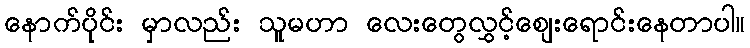
နောက်ပိုင်း မှာလည်း သူမဟာ လေးတွေလွှင့်စျေးရောင်းနေတာပါ။